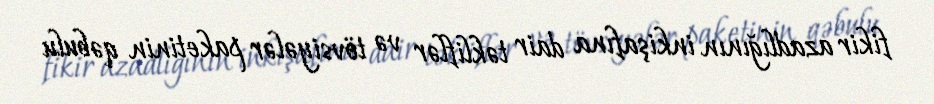
fikir azadlığının inkişafına dair təkliflər və tövsiyələr paketinin qəbulu